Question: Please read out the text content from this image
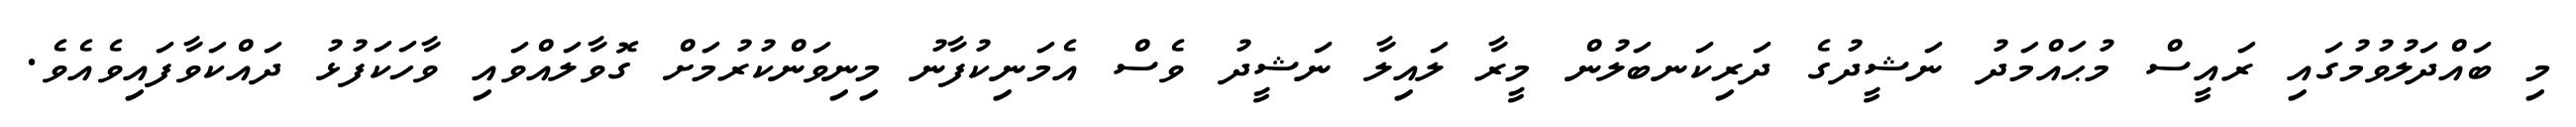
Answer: މި ބައްދަލުވުމުގައި ރައީސް މުޙައްމަދު ނަޝީދުގެ ދަރިކަނބަލުން މީރާ ލައިލާ ނަޝީދު ވެސް އެމަނިކުފާނު މިނިވަންކުރުމަށް ގޮވާލައްވައި ވާހަކަފުޅު ދައްކަވާފައިވެއެވެ.